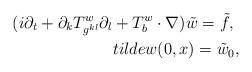
LaTeX: \begin{align*} (i \partial_t + \partial_k T^w_{g^{kl}} \partial_l + T^w_b \cdot\nabla ) \tilde w= \tilde f, \ \\tilde w(0,x) = \tilde w_0,\end{align*}